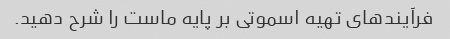
فرآیندهای تهیه اسموتی بر پایه ماست را شرح دهید.